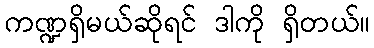
ကဏ္ဍရှိမယ်ဆိုရင် ဒါကို ရှိတယ်။